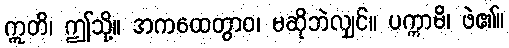
ဣတိ၊ ဤသို့။ အကထေတွာဝ၊ မဆိုဘဲလျှင်။ ပက္ကာမိ၊ ဖဲ၏။